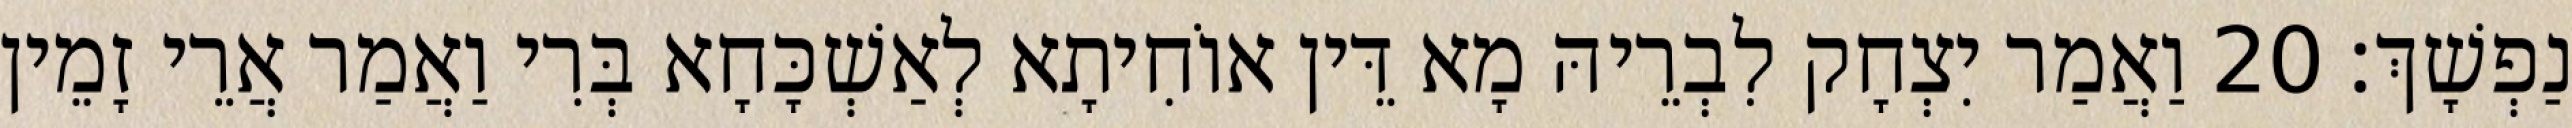
נַפְשָׁךְ׃ 20 וַאֲמַר יִצְחָק לִבְרֵיהּ מָא דֵּין אוֹחִיתָא לְאַשְׁכָּחָא בְּרִי וַאֲמַר אֲרֵי זָמֵין